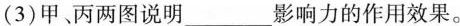
(3)甲、丙两图说明___影响力的作用效果。